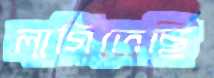
লাগিতেছি